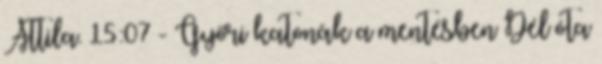
Attila. 15:07 - Győri katonák a mentésben Dél óta